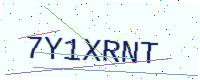
Text: 7Y1XRNT